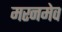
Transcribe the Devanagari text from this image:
मरनमेव